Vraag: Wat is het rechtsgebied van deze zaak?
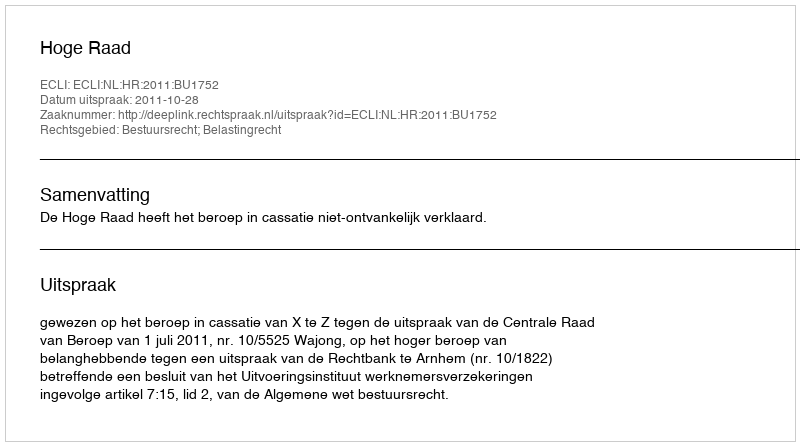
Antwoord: Bestuursrecht; Belastingrecht